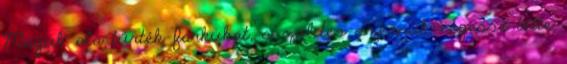
Maguk alá tűrték farkukat, s zöldes szemük végessé tette